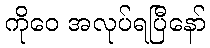
ကိုဝေ အလုပ်ရပြီနော်